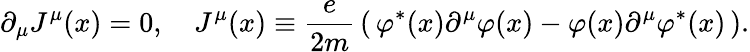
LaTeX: \partial_{\mu}J^{\mu}(x)=0,\quad J^{\mu}(x)\equiv{\frac{e}{2m}}\left(\, \varphi^{*}(x)\partial^{\mu}\varphi(x)-\varphi(x)\partial^{\mu}\varphi^{*}(x)\, \right).